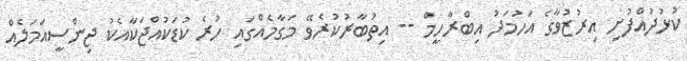
ކުޅުދުއްފުށި އިރުޒުވާގެ އަހުމަދު އިބްރާހީމް -- އިތުބާރުކުރެވޭ މަގާމެއްގައި ހުރެ ކުޑަކުއްޖަކާއެކު ޖިންސީއަމަލެއް